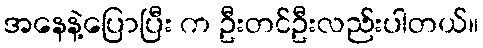
အနေနဲ့ပြောပြီး က ဦးတင်ဦးလည်းပါတယ်။